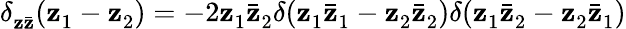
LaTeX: \delta_{\mathbf{z}\bar{{\mathbf{z}}}}^{}(\mathbf{z}_{1}^{}-\mathbf{z}_{2}^{})=-2\mathbf{z}_{1}^{}\bar{{\mathbf{z}}}_{2}^{}\delta(\mathbf{z}_{1}^{}\bar{{\mathbf{z}}}_{1}^{}-\mathbf{z}_{2}^{}\bar{{\mathbf{z}}}_{2}^{})\delta(\mathbf{z}_{1}^{}\bar{{\mathbf{z}}}_{2}^{}-\mathbf{z}_{2}^{}\bar{{\mathbf{z}}}_{1}^{})